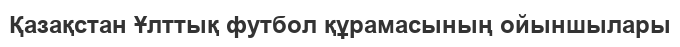
Қазақстан Ұлттық футбол құрамасының ойыншылары